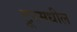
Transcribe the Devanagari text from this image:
टूरमधील